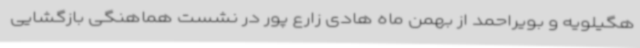
هگیلویه و بویراحمد از بهمن ماه هادی زارع پور در نشست هماهنگی بازگشایی